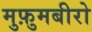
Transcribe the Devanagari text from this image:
मुफ़ुमबीरो